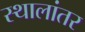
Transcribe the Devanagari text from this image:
स्थालांतर